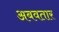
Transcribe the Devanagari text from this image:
अबवतार